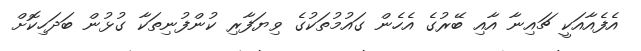
އެފެއާއަކީ ޗައިނާ އާއި ބޭރުގެ އެހެން ގައުމުތަކުގެ ވިޔަފާރި ކުންފުނިތަކާ ގުޅުން ބަދަހިކޮށް